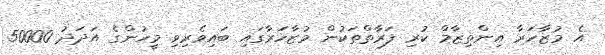
އެ މުޒާހަރާ އިންތިޒާމް ކުރި ފަރާތްތަކުން މުޒާހަރާގައި ބައިވެރިވި މީހުންގެ އަދަދު 50000